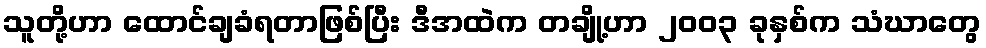
သူတို့ဟာ ထောင်ချခံရတာဖြစ်ပြီး ဒီအထဲက တချို့ဟာ ၂၀၀၃ ခုနှစ်က သံဃာတွေ